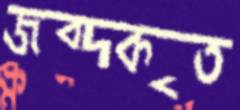
জব্দকৃত